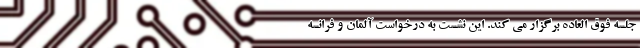
جلسه فوق العاده برگزار می کند. این نشست به درخواست آلمان و فرانسه